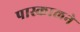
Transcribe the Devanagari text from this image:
पास्कालने